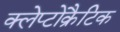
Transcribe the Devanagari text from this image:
क्लेप्टोक्रैटिक